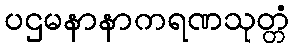
ပဌမနာနာကရဏသုတ္တံ